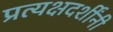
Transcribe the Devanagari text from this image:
प्रत्यक्षदर्शींनी